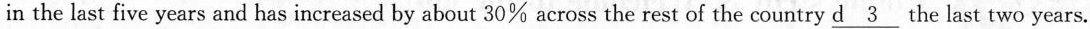
in the last five years and has increased by about 30% across the rest of the country \underline{d 3} the last two years.